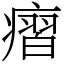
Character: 㿇